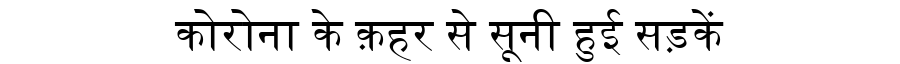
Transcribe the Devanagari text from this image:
कोरोना के क़हर से सूनी हुई सड़कें